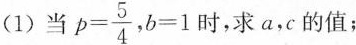
(1)当$$p = \frac{5}{4}$$，$$b = 1$$时，求a，c的值；